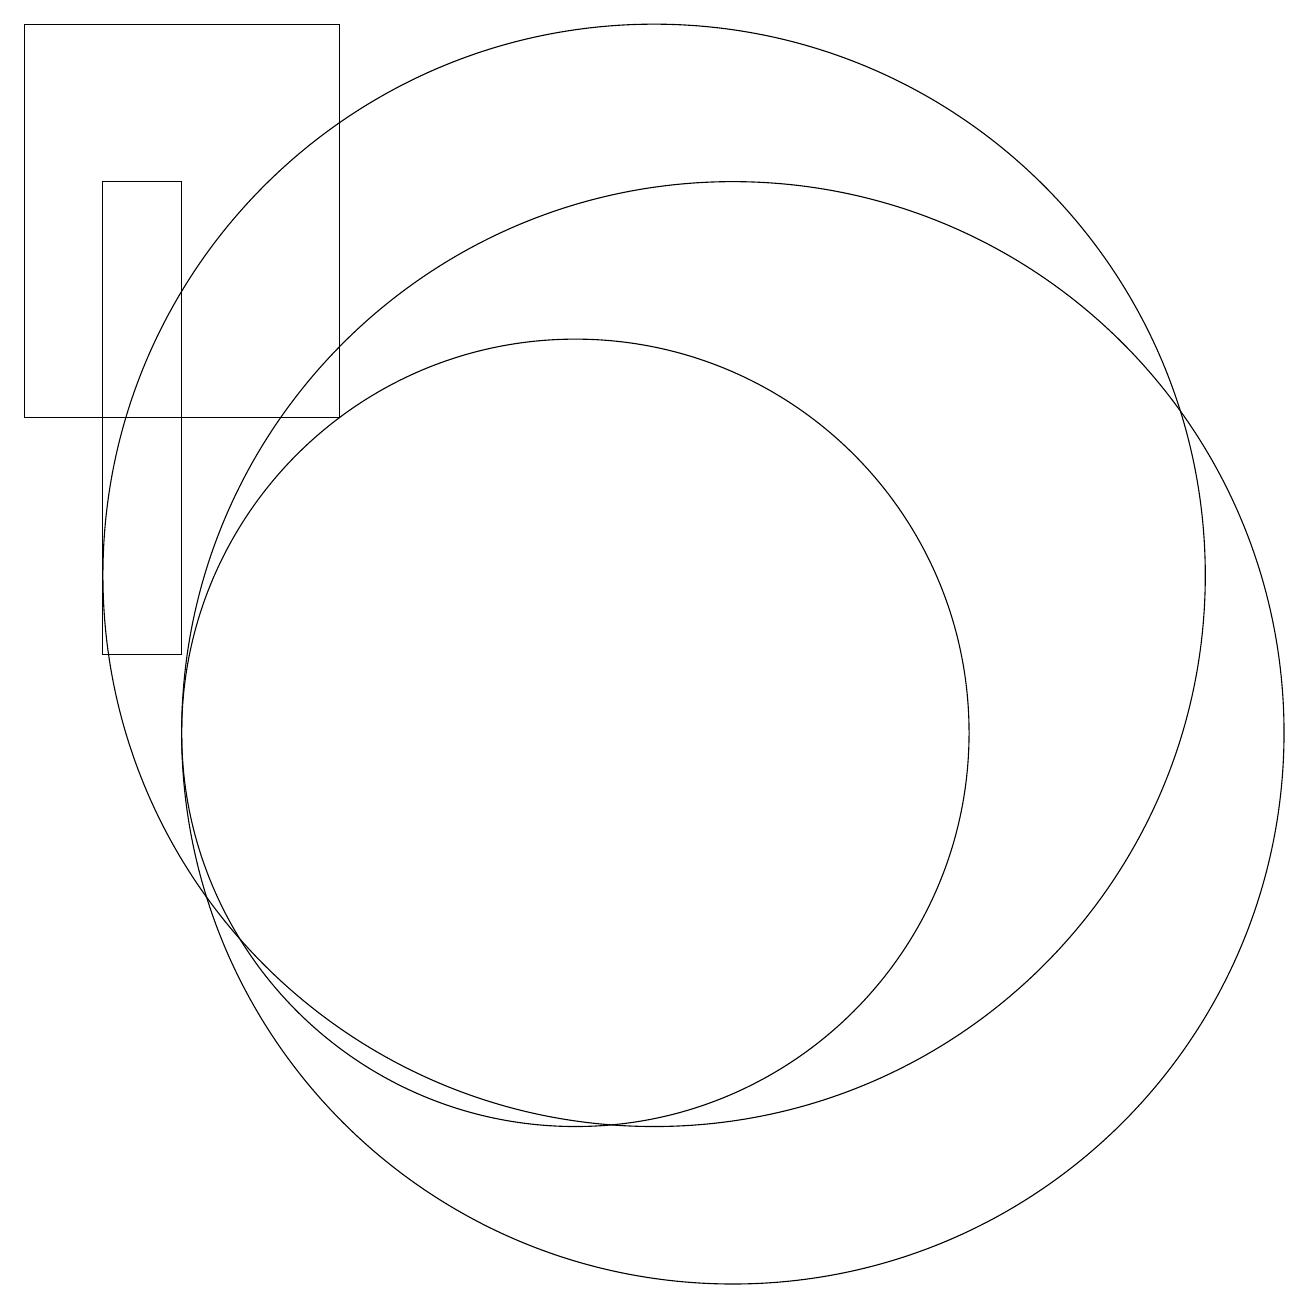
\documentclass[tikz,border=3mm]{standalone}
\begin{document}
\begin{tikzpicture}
\draw (12,10) circle (7);
\draw (3,19) rectangle (7,14);
\draw (10,10) circle (5);
\draw (11,12) circle (7);
\draw (4,11) rectangle (5,17);
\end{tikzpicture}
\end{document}